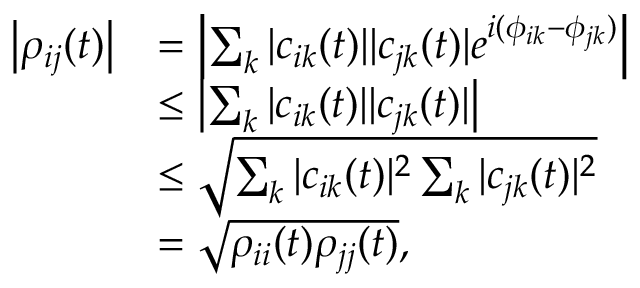
\begin{array} { r l } { \left| \rho _ { i j } ( t ) \right| } & { = \left| \sum _ { k } | c _ { i k } ( t ) | | c _ { j k } ( t ) | e ^ { i ( \phi _ { i k } - \phi _ { j k } ) } \right| } \\ & { \leq \left| \sum _ { k } | c _ { i k } ( t ) | | c _ { j k } ( t ) | \right| } \\ & { \leq \sqrt { \sum _ { k } | c _ { i k } ( t ) | ^ { 2 } \sum _ { k } | c _ { j k } ( t ) | ^ { 2 } } } \\ & { = \sqrt { \rho _ { i i } ( t ) \rho _ { j j } ( t ) } , } \end{array}